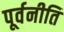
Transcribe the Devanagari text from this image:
पूर्वनीति